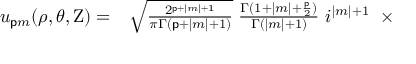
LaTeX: \begin{array} { r l } { u _ { { \mathsf { p } } m } ( \rho , \theta , \mathrm { Z } ) = } & { { } { \sqrt { \frac { 2 ^ { { \mathsf { p } } + | m | + 1 } } { \pi \Gamma ( { \mathsf { p } } + | m | + 1 ) } } } \; { \frac { \Gamma ( 1 + | m | + { \frac { \mathsf { p } } { 2 } } ) } { \Gamma ( | m | + 1 ) } } \, \, i ^ { | m | + 1 } \; \; \times } \end{array}